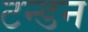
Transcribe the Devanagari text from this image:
टन्डन